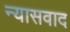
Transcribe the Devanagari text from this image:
न्यासवाद